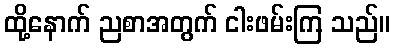
ထို့နောက် ညစာအတွက် ငါးဖမ်းကြ သည်။